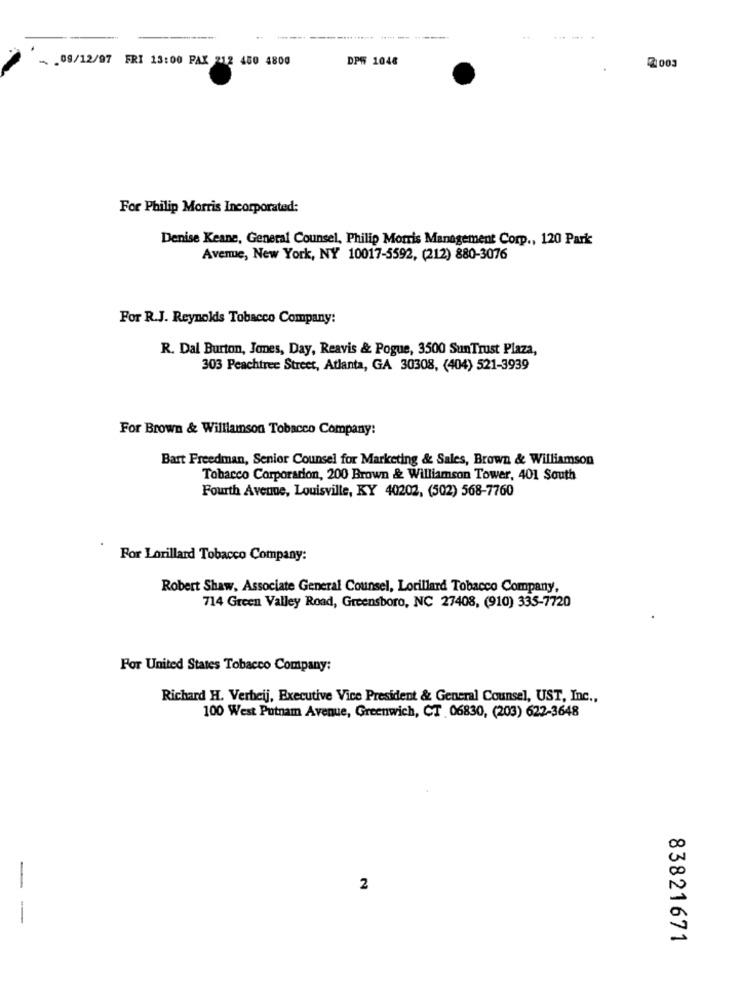
---
- . 09/12/97 FRI 13:00 PAX 212 400 4800
DPW 1048
2 003
For Philip Morris Incorporated:
Denise Keane, General Counsel, Philip Morris Management Corp ., 120 Park
Avenue, New York, NY 10017-5592, (212) 880-3076
For R.J. Reynokis Tobacco Company:
R. Dal Burton, Jones, Day, Reavis & Pogue, 3500 SunTrust Plaza,
303 Peachtree Street, Atlanta, GA 30308, (404) 521-3939
For Brown & Williamson Tobacco Company:
Bart Freedman, Senior Counsel for Marketing & Sales, Brown & Williamson
Tobacco Corporation, 200 Brown & Williamson Tower, 401 South
Fourth Avenue, Louisville, KY 40202, (502) 568-7760
For Lorillard Tobacco Company:
Robert Shaw, Associate General Counsel, Lorillard Tobacco Company,
714 Green Valley Road, Greensboro, NC 27408, (910) 335-7720
For United States Tobacco Company:
Richard H. Verbeij, Executive Vice President & General Counsel, UST, Inc .,
100 West Putnam Avenue, Greenwich, CT 06830, (203) 622-3648
-
2
-
83821671